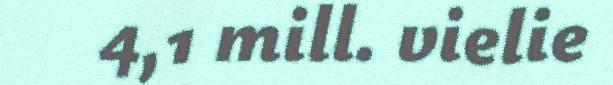
4,1 mill. vielie